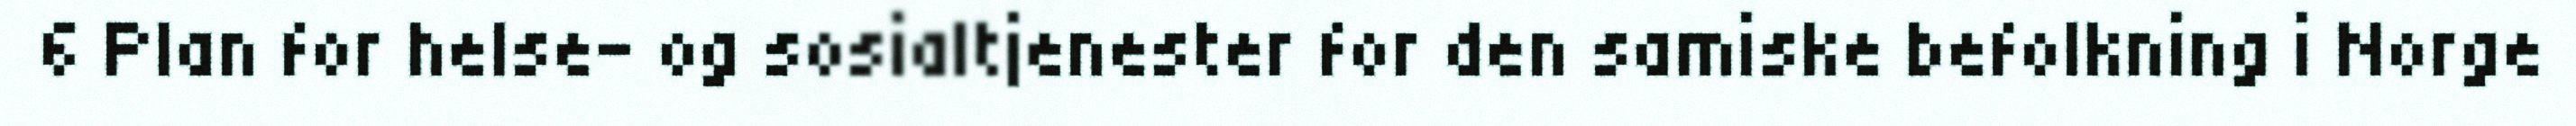
6 Plan for helse- og sosialtjenester for den samiske befolkning i Norge